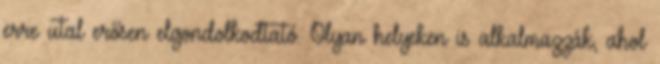
erre utal erősen elgondolkodtató. Olyan helyeken is alkalmazzák, ahol